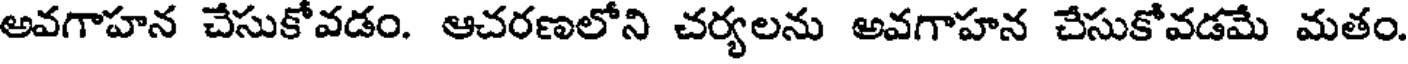
అవగాహన చేసుకోవడం. ఆచరణలోని చర్యలను అవగాహన చేసుకోవడమే మతం.